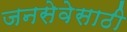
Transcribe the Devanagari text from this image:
जनसेवेसाठी